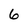
Character: 6